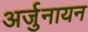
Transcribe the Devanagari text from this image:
अर्जुनायन